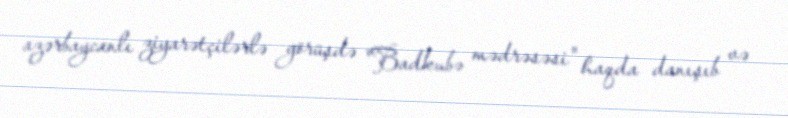
azərbaycanlı ziyarətçilərlə görüşdə "Badkubə mədrəsəsi" haqda danışıb və